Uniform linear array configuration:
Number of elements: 16
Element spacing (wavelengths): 1
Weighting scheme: hann
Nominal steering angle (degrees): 60
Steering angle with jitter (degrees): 59.9
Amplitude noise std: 0.05
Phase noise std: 0.05

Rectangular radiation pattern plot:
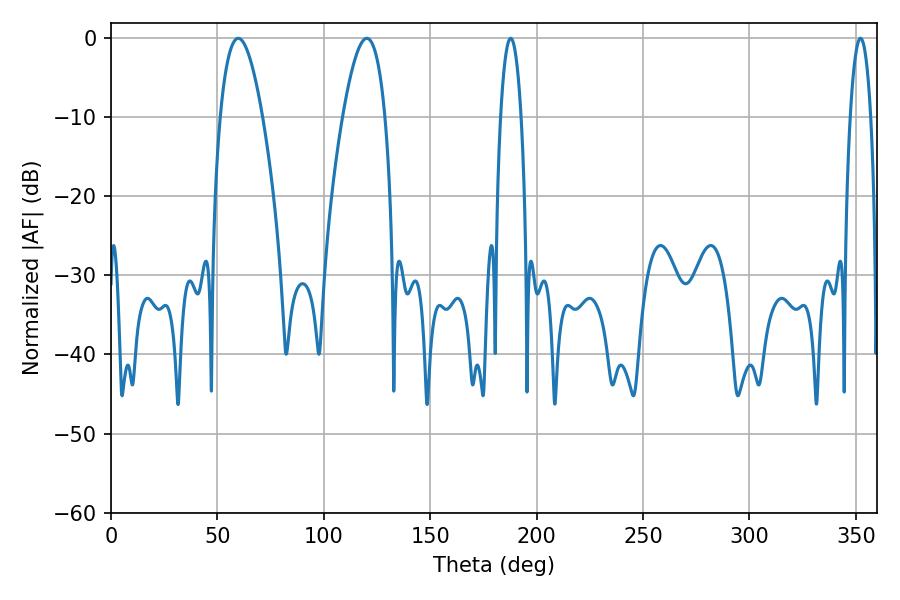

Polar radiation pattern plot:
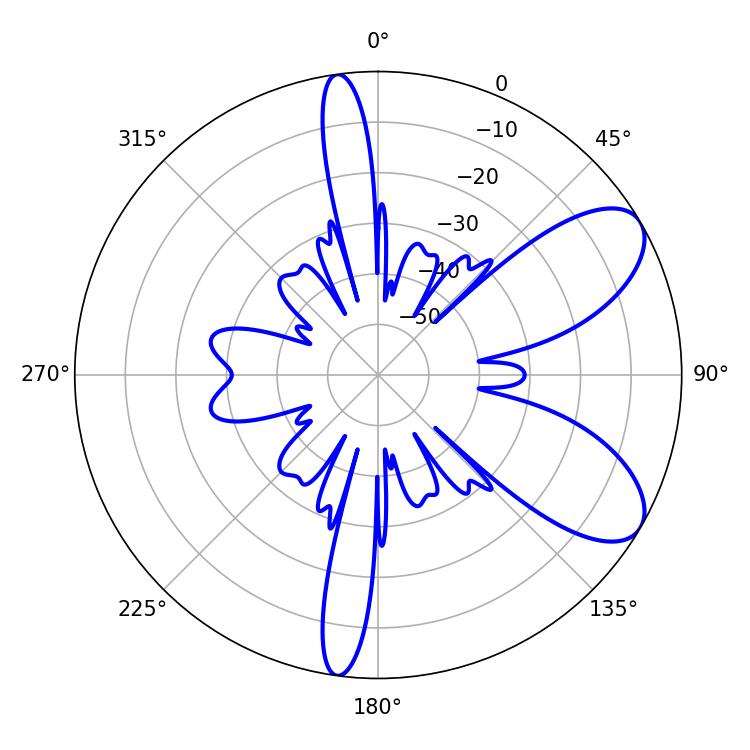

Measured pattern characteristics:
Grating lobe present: TRUE
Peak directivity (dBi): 7.865
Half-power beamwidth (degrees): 10.98
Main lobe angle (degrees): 59.76